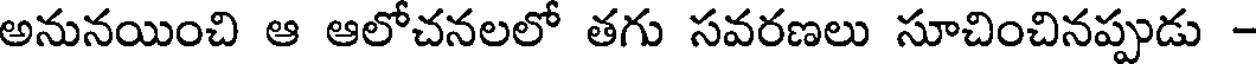
అనునయించి ఆ ఆలోచనలలో తగు సవరణలు సూచించినప్పుడు -